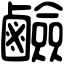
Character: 鹼